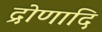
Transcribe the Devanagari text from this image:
द्रोणादि